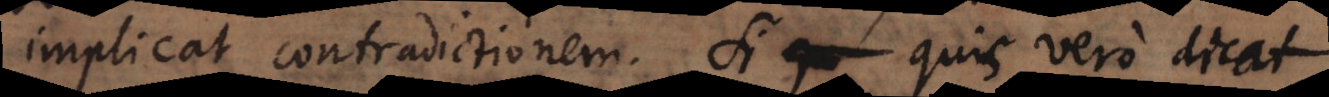
implicat contradictionem. Si quis vero dicat